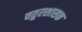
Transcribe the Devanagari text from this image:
चतुरशासक